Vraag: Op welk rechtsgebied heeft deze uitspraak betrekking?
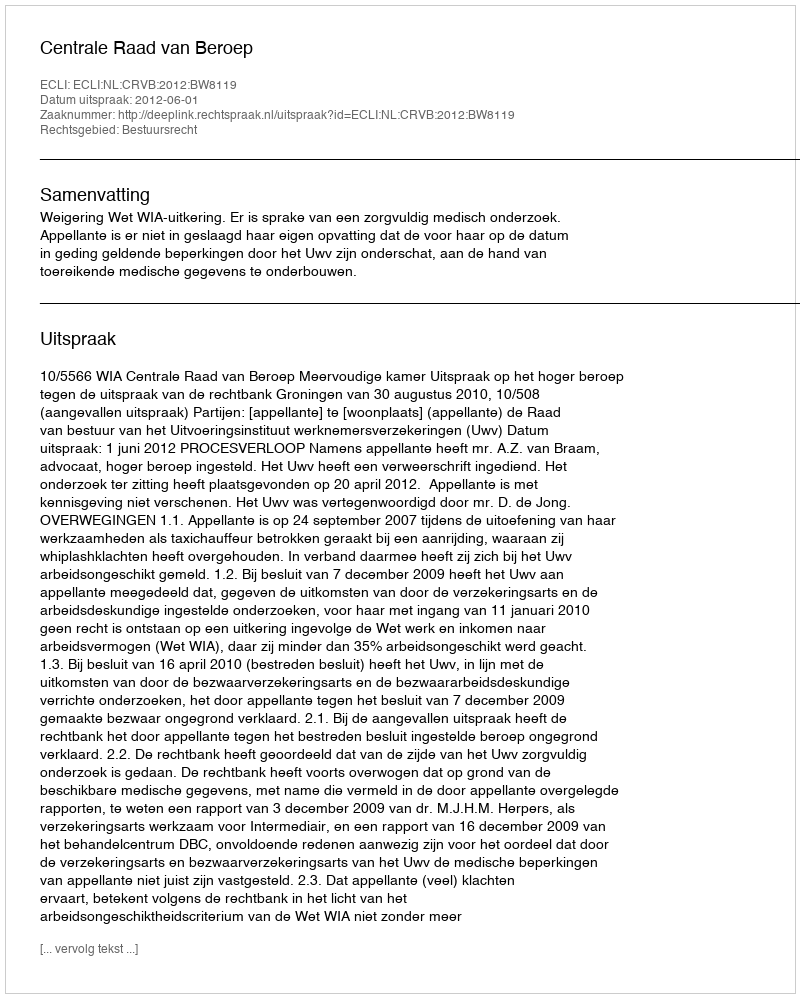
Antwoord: Bestuursrecht